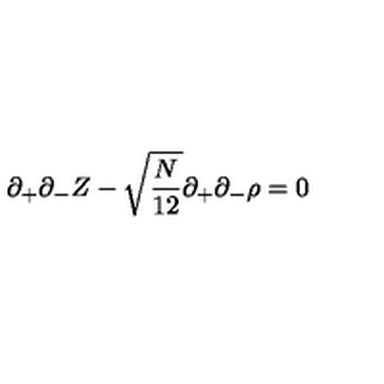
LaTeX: \partial _ { + } \partial _ { - } Z - \sqrt { \frac { N } { 1 2 } } \partial _ { + } \partial _ { - } \rho = 0